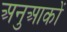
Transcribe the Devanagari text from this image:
अनुआकों